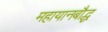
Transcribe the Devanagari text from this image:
महायानबौद्ध